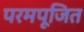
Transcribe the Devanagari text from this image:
परमपूजित